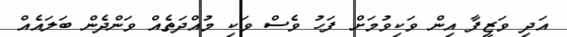
އަދި ވަޒީފާ އިން ވަކިވުމަށް ފަހު ވެސް ވަކި މުއްދަތެއް ވަންދެން ބަލައެއް